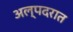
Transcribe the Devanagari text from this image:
अल्पदरात